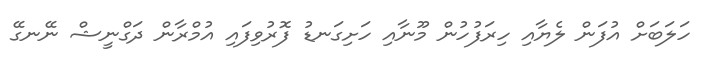
ހަލަބަށް އުފަން ލެޔާއި ހިރަފުހުން މޫނާއި ހަށިގަނޑު ފޮރުވިފައި އުމްރާން ދަގްނީޝް ނޭނގޭ